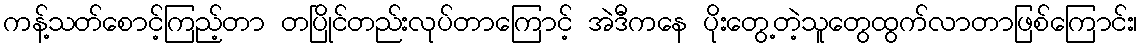
ကန့်သတ်စောင့်ကြည့်တာ တပြိုင်တည်းလုပ်တာကြောင့် အဲဒီကနေ ပိုးတွေ့တဲ့သူတွေထွက်လာတာဖြစ်ကြောင်း၊